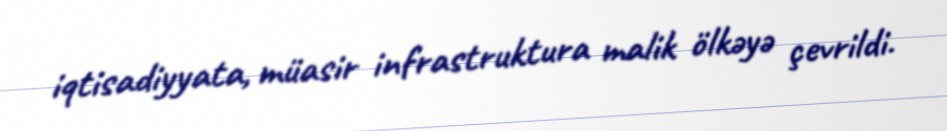
iqtisadiyyata, müasir infrastruktura malik ölkəyə çevrildi.